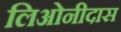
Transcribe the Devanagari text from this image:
लिओनीदास